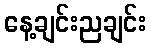
နေ့ချင်းညချင်း